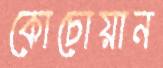
কোচোয়ান